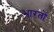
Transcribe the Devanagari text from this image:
भारतों